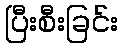
ပြီးစီးခြင်း